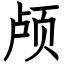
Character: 颅